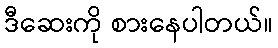
ဒီဆေးကို စားနေပါတယ်။